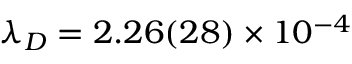
\ensuremath { \lambda } _ { D } = 2 . 2 6 ( 2 8 ) \times 1 0 ^ { - 4 }